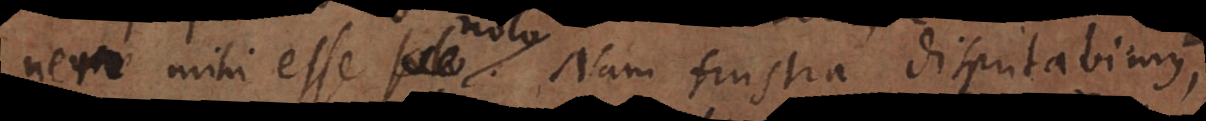
nem mihi esse nolo. Nam frustra disputabimus,